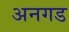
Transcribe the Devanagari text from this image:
अनगड